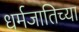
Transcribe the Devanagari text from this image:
धर्मजातिच्या